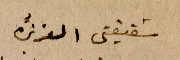
شقيقتي العزيزة